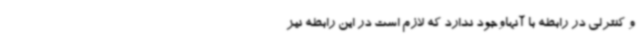
و کنترلی در رابطه با آنهاوجود ندارد که لازم است در این رابطه نیز